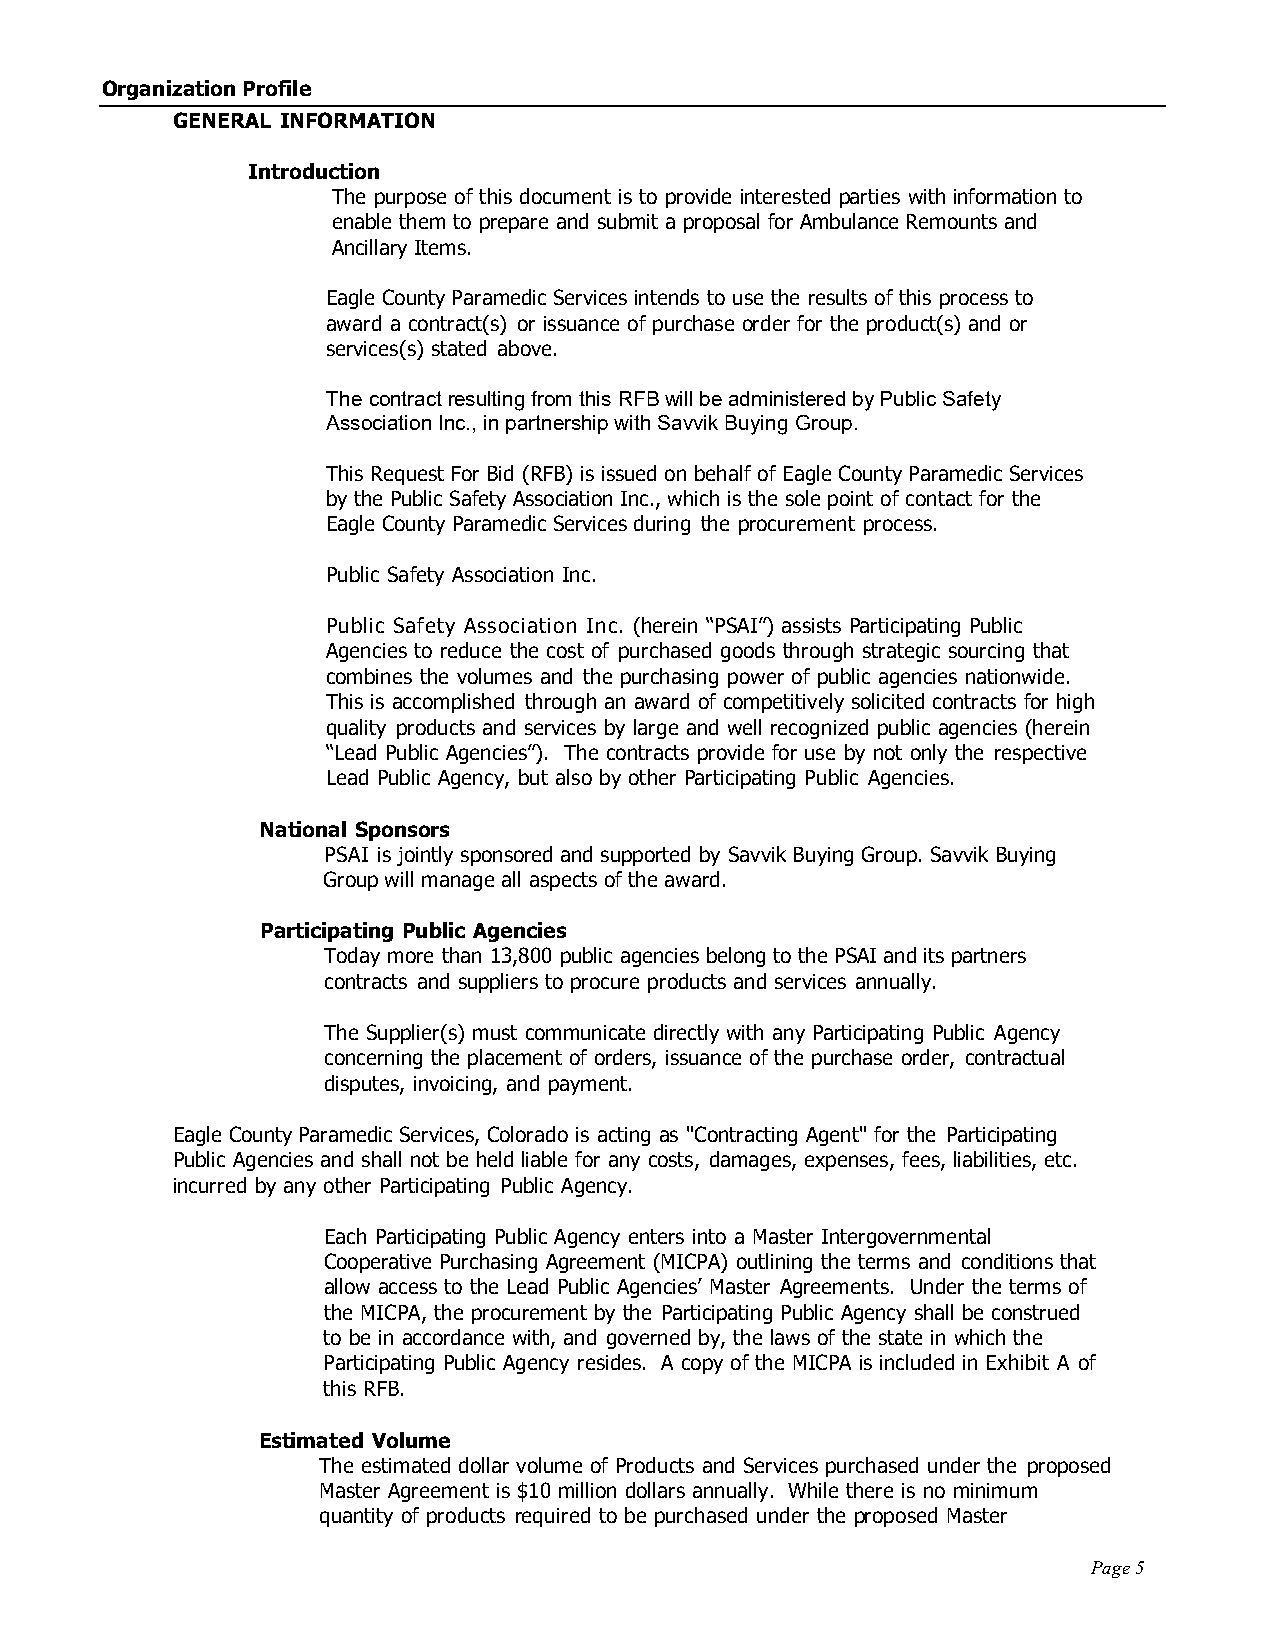
Organization Profile
 GENERAL INFORMATION
 Introduction
 The purpose of this document is to provide interested parties with information to
 enable them to prepare and submit a proposal for Ambulance Remounts and
 Ancillary Items.
 Eagle County Paramedic Services intends to use the results of this process to
 award a contract(s) or issuance of purchase order for the product(s) and or
 services(s) stated above.
 The contract resulting from this RFB will be administered by Public Safety
 Association Inc., in partnership with Savvik Buying Group.
 This Request For Bid (RFB) is issued on behalf of Eagle County Paramedic Services
 by the Public Safety Association Inc., which is the sole point of contact for the
 Eagle County Paramedic Services during the procurement process.
 Public Safety Association Inc.
 Public Safety Association Inc. (herein “PSAI”) assists Participating Public
 Agencies to reduce the cost of purchased goods through strategic sourcing that
 combines the volumes and the purchasing power of public agencies nationwide.
 This is accomplished through an award of competitively solicited contracts for high
 quality products and services by large and well recognized public agencies (herein
 “Lead Public Agencies”). The contracts provide for use by not only the respective
 Lead Public Agency, but also by other Participating Public Agencies.
 National Sponsors
 PSAI is jointly sponsored and supported by Savvik Buying Group. Savvik Buying
 Group will manage all aspects of the award.
 Participating Public Agencies
 Today more than 13,800 public agencies belong to the PSAI and its partners
 contracts and suppliers to procure products and services annually.
 The Supplier(s) must communicate directly with any Participating Public Agency
 concerning the placement of orders, issuance of the purchase order, contractual
 disputes, invoicing, and payment.
 Eagle County Paramedic Services, Colorado is acting as "Contracting Agent" for the Participating
 Public Agencies and shall not be held liable for any costs, damages, expenses, fees, liabilities, etc.
 incurred by any other Participating Public Agency.
 Each Participating Public Agency enters into a Master Intergovernmental
 Cooperative Purchasing Agreement (MICPA) outlining the terms and conditions that
 allow access to the Lead Public Agencies’ Master Agreements. Under the terms of
 the MICPA, the procurement by the Participating Public Agency shall be construed
 to be in accordance with, and governed by, the laws of the state in which the
 Participating Public Agency resides. A copy of the MICPA is included in Exhibit A of
 this RFB.
 Estimated Volume
 The estimated dollar volume of Products and Services purchased under the proposed
 Master Agreement is $10 million dollars annually. While there is no minimum
 quantity of products required to be purchased under the proposed Master
 Page 5